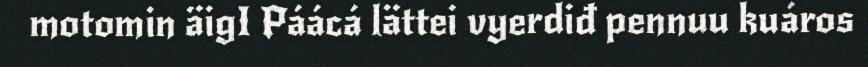
motomin äigI Páácá lättei vyerdiđ pennuu kuáros